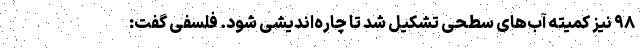
۹۸ نیز کمیته آب‌های سطحی تشکیل شد تا چاره‌اندیشی شود. فلسفی گفت: